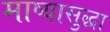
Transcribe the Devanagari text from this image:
माष्यासुद्धा